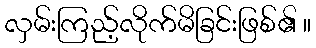
လှမ်းကြည့်လိုက်မိခြင်းဖြစ်၏ ။